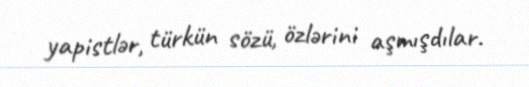
yapistlər, türkün sözü, özlərini aşmışdılar.